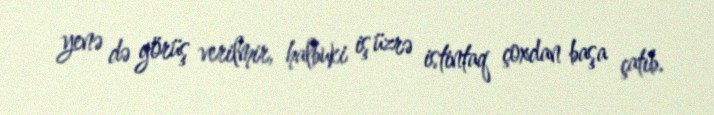
yenə də görüş verilmir, halbuki iş üzrə istintaq çoxdan başa çatıb.